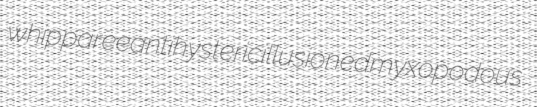
whipparee antihysteric illusioned myxopodous